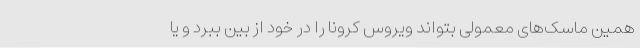
همین ماسک‌های معمولی بتواند ویروس کرونا را در خود از بین ببرد و یا